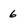
Character: 6